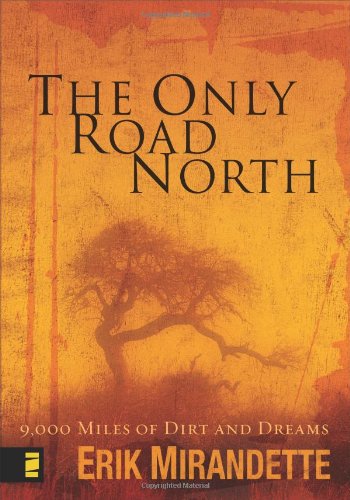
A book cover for The Only Road North:  9,000 Miles of Dirt and Dreams; Erik Mirandette; Travel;